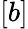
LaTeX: [b]